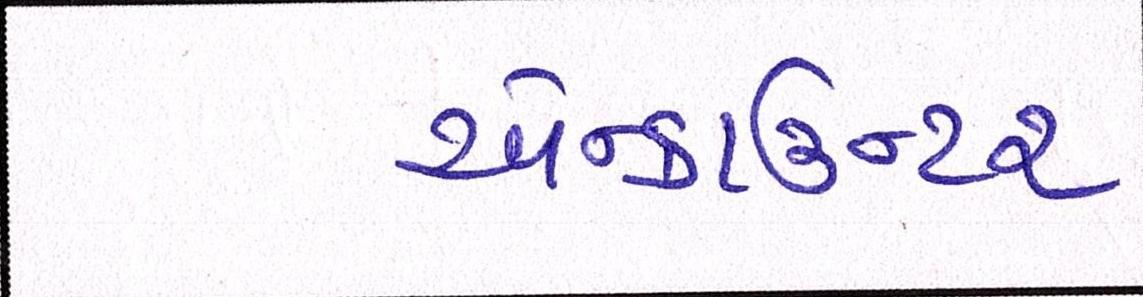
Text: એન્કાઉન્ટર